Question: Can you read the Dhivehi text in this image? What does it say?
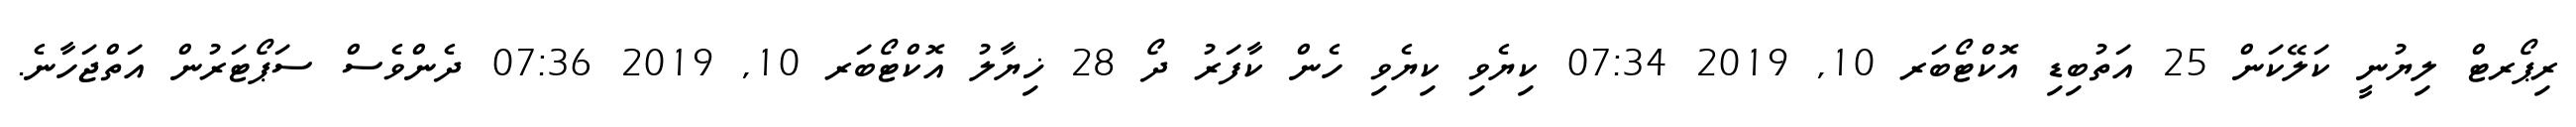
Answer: ރިޕޯރޓް ލިޔުނީ ކަލޭކަން 25 އަތުބިޑި އޮކްޓޯބަރ 10, 2019 07:34 ކިޔެވި ކިޔެވި ހެން ކާފަރު ދޯ 28 ޚިޔާލު އޮކްޓޯބަރ 10, 2019 07:36 ދެންވެސް ސަޕޯޓަރުން އަތްޖަހާނެ.